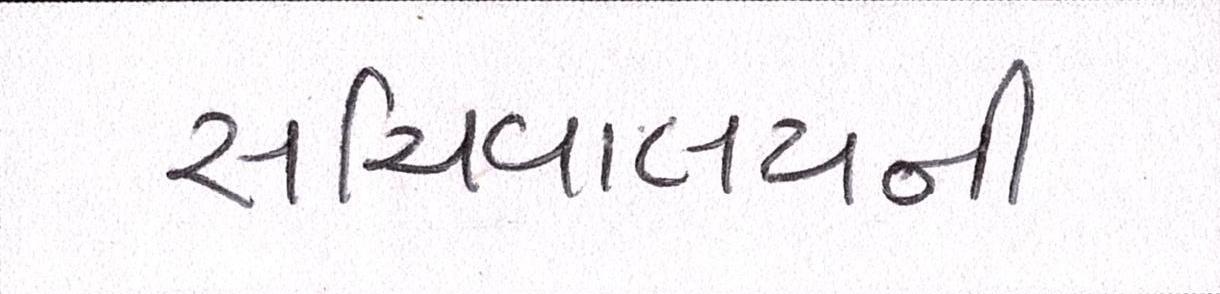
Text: સચિવાલયની